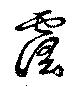
霪